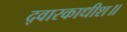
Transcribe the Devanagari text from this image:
द्वारकाधीश॥